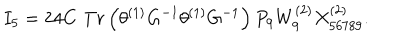
LaTeX: I _ { 5 } = 2 4 C \, \, T r \left( \theta ^ { \left( 1 \right) } G ^ { - 1 } \theta ^ { \left( 1 \right) } G ^ { - 1 } \right) P _ { 9 } W _ { 9 } ^ { \left( 2 \right) } X _ { 5 6 7 8 9 } ^ { \left( 2 \right) } . \nonumber